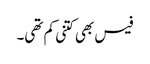
فیس بھی کتنی کم تھی۔